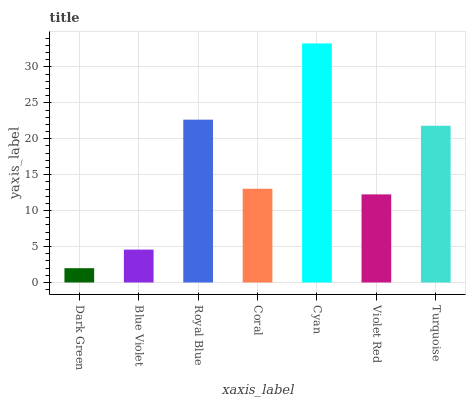
| xaxis_label | bars |
 | --- | --- |
 | Dark Green | 1.99 |
 | Blue Violet | 4.58 |
 | Royal Blue | 22.7 |
 | Coral | 13 |
 | Cyan | 33.3 |
 | Violet Red | 12.3 |
 | Turquoise | 21.8 |